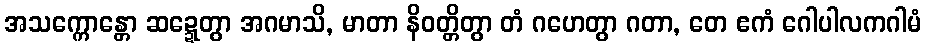
အသက္ကောန္တော ဆဍ္ဍေတွာ အဂမာသိ, မာတာ နိဝတ္တိတွာ တံ ဂဟေတွာ ဂတာ, တေ ဧကံ ဂေါပါလကဂါမံ